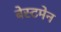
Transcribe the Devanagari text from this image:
बेस्टमेन